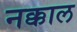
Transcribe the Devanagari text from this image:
नक्काल